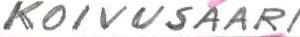
KOIVUSAARI